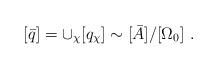
LaTeX: \begin{align*}[\bar{q}] = \cup_\chi [q_\chi] \sim [\bar{A}]/[\Omega_0] \ .\end{align*}